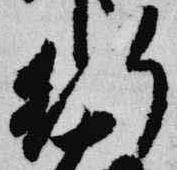
行